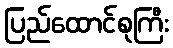
ပြည်ထောင်စုကြီး